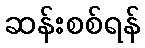
ဆန်းစစ်ရန်